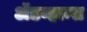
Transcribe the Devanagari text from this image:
ॲडव्हान्स